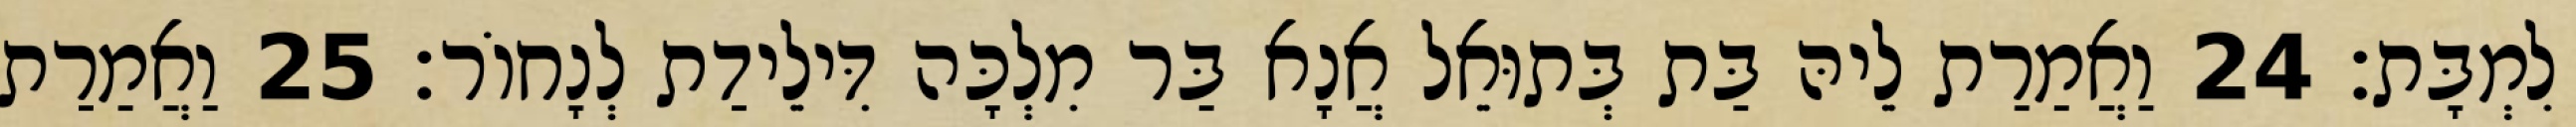
לִמְבָּת׃ 24 וַאֲמַרַת לֵיהּ בַּת בְּתוּאֵל אֲנָא בַּר מִלְכָּה דִּילֵידַת לְנָחוֹר׃ 25 וַאֲמַרַת